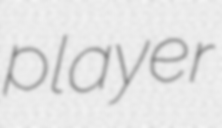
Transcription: player